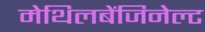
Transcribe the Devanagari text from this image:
मेथिलबेंजिनेल्ट